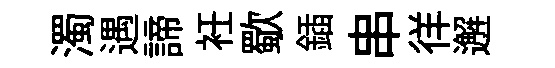
濁遇諦衽歜鍤串徉邂